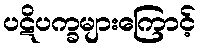
ပဋိပက္ခများကြောင့်